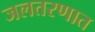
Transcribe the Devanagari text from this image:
जलतरणात